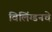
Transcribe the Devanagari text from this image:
विलिंग्डनचे